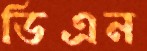
ডিএন